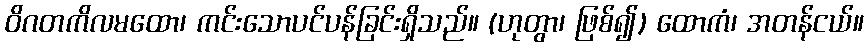
ဝိဂတကိလမထော၊ ကင်းသောပင်ပန်ခြင်းရှိသည်။ (ဟုတွာ၊ ဖြစ်၍) ထောကံ၊ အတန်ငယ်။